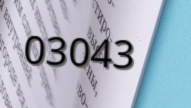
03043